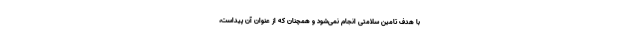
با هدف تامین سلامتی انجام نمی‌­شود و همچنان که از عنوان آن پیداست،‌